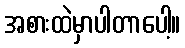
အစားထဲမှာပါတာပေါ့။